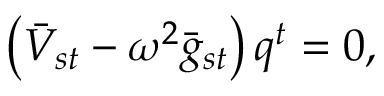
\left( \bar { V } _ { s t } - \omega ^ { 2 } \bar { g } _ { s t } \right) q ^ { t } = 0 ,